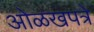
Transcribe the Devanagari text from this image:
ओळखपत्रे